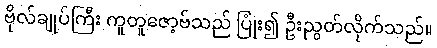
ဗိုလ်ချုပ်ကြီး ကူတူဇော့ဗ်သည် ပြုံး၍ ဦးညွတ်လိုက်သည်။